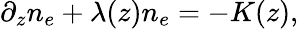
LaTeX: \partial_{z}n_{e}+\lambda(z)n_{e}=-K(z),